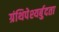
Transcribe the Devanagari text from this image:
ग्रंथिपेश्यर्बुदता